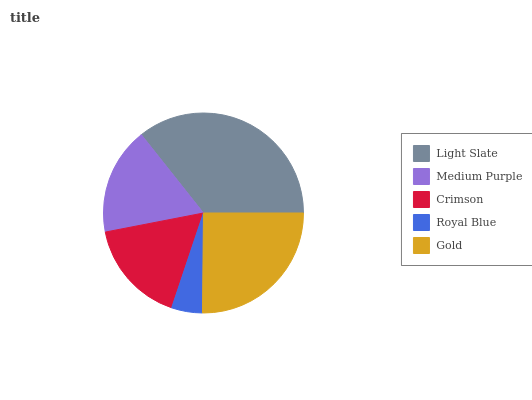
| Light Slate | Medium Purple | Crimson | Royal Blue | Gold |
 | --- | --- | --- | --- | --- |
 | 35.6% | 17.3% | 16.9% | 5% | 25.1% |